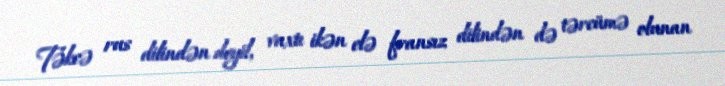
Təkcə rus dilindən deyil, vaxtı ikən elə fransız dilindən də tərcümə olunan